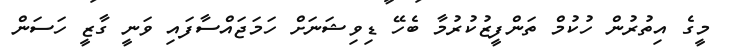
މީގެ އިތުރުން ހުކުމް ތަންފީޒުކުރުމާ ބެހޭ ޑިވިޝަނަށް ހަމަޖައްސާފައި ވަނީ ގާޒީ ހަސަން